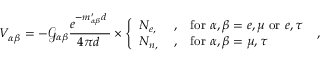
V _ { \alpha \beta } ^ { \astrosun } = - \mathcal { G } _ { \alpha \beta } \frac { e ^ { - m _ { \alpha \beta } ^ { \prime } d _ { \astrosun } } } { 4 \pi d _ { \astrosun } } \times \left\{ \begin{array} { l l l } { N _ { e , \astrosun } } & { , } & { \mathrm { f o r } ~ \alpha , \beta = e , \mu ~ \mathrm { o r } ~ e , \tau } \\ { N _ { n , \astrosun } } & { , } & { \mathrm { f o r } ~ \alpha , \beta = \mu , \tau } \end{array} \right. \; ,